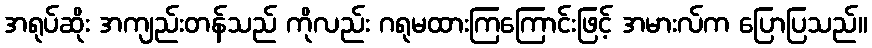
အရုပ်ဆိုး အကျည်းတန်သည် ကိုလည်း ဂရုမထားကြကြောင်းဖြင့် အမားလ်က ပြောပြသည်။